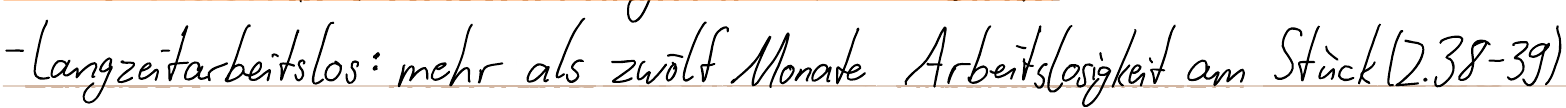
- langzeitarbeitslos: mehr als zwölf Monate Arbeitslosigkeit am Stück (Z.38-39)